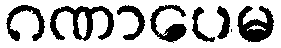
ဂဏာပေမ